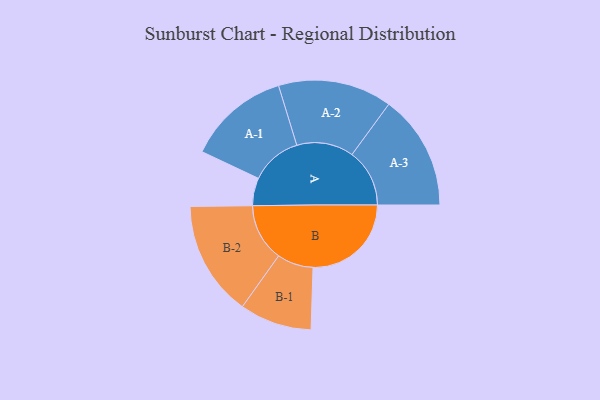
{"axis": {"x": "Segment", "y": "Value"}, "legend": ["", "A", "B"], "data": [{"x": "A", "y": 133, "type": ""}, {"x": "B", "y": 471, "type": ""}, {"x": "A-1", "y": 245, "type": "A"}, {"x": "A-2", "y": 273, "type": "A"}, {"x": "A-3", "y": 276, "type": "A"}, {"x": "B-1", "y": 173, "type": "B"}, {"x": "B-2", "y": 276, "type": "B"}]}